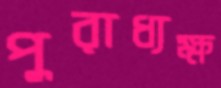
পুরাধ্যক্ষ